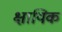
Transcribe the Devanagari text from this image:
क्षायिक